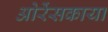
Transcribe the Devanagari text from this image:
ओरेंसकाया